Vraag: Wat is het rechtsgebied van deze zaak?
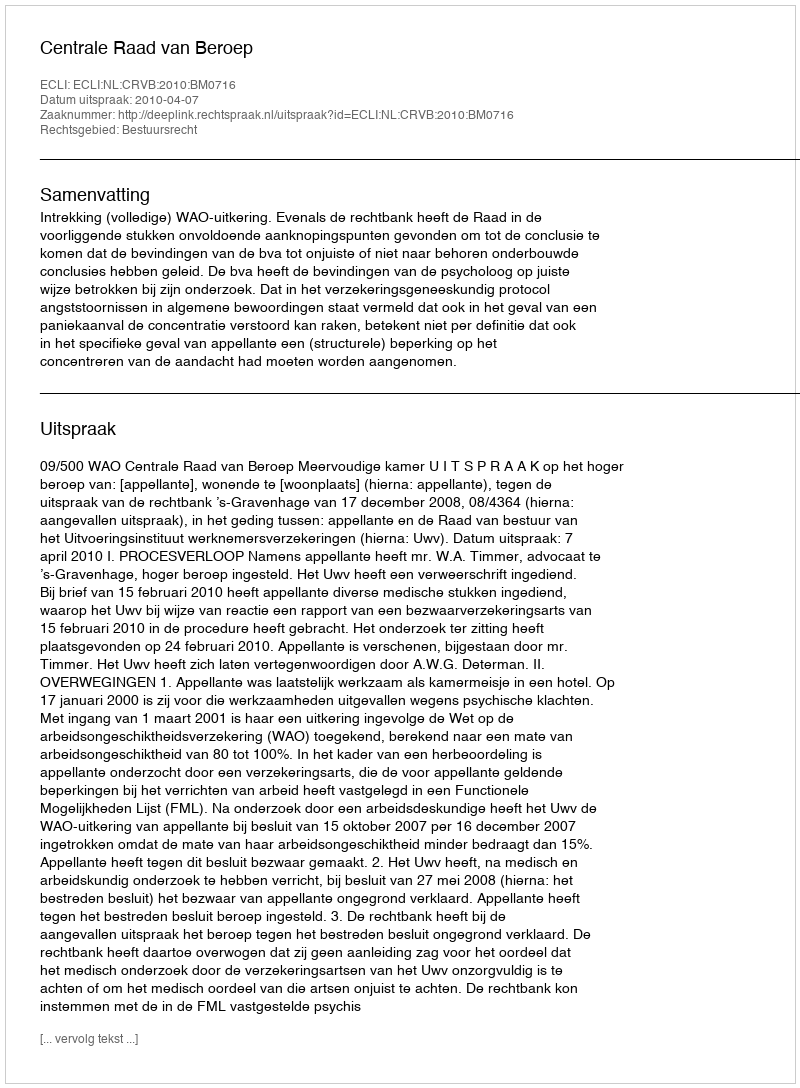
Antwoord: Bestuursrecht